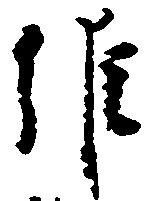
維